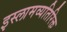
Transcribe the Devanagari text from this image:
इस्लामव्यतिरिक्त